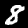
Label: 8